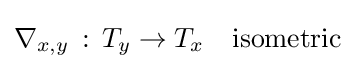
\nabla _{x,y}\,:\,T_{y}\rightarrow T_{x}\quad {\text{isometric}}